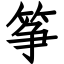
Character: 筝